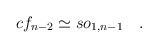
\begin{align*}cf_{n-2}\simeq so_{1,n-1}\quad .\end{align*}